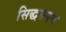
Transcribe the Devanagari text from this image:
सिद्धरुपम